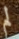
لم